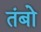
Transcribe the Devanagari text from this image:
तंबो